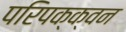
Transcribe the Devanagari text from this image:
परिपक्क्वन